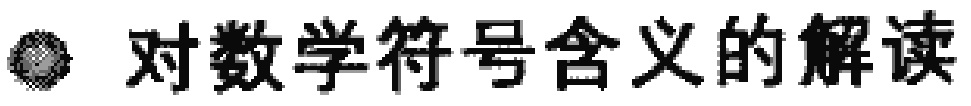
对数学符号含义的解读